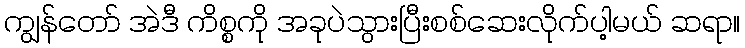
ကျွန်တော် အဲဒီ ကိစ္စကို အခုပဲသွားပြီးစစ်ဆေးလိုက်ပါ့မယ် ဆရာ။